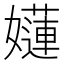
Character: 𡣻